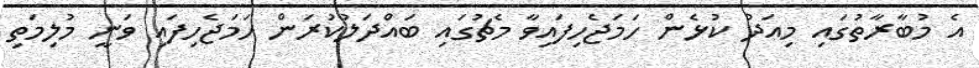
އެ މުބާރާތުގައި މިއަދު ކުޅެން ހަމަޖެހިފައިވާ މެޗުގައި ބައްދަލުކުރަން ހަމަޖެހިފައި ވަނީ މުލިމަތި